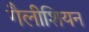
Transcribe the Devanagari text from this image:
गैलीशियन